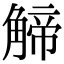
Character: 𧤍